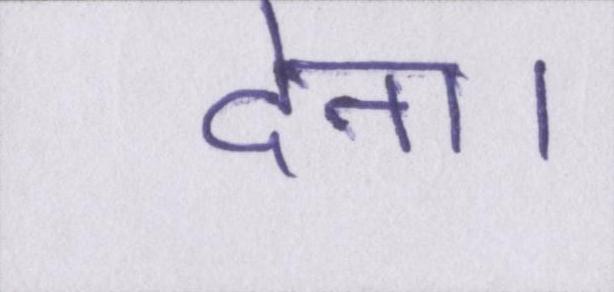
देना।